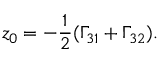
z _ { 0 } = - \frac { 1 } { 2 } ( \Gamma _ { 3 1 } + \Gamma _ { 3 2 } ) .